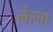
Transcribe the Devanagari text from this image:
नेरचा